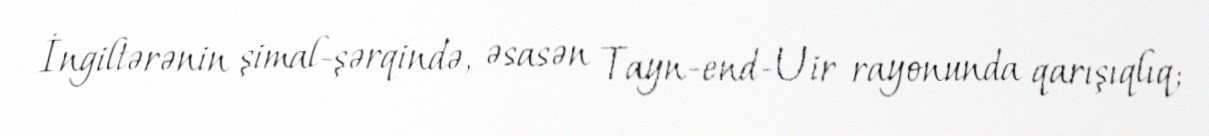
İngiltərənin şimal-şərqində, əsasən Tayn-end-Uir rayonunda qarışıqlıq;